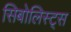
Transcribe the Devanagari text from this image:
सिबोलिस्ट्स